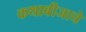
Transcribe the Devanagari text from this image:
कथाबीजाचे